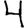
Digit: 4